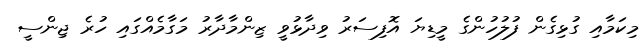
މިކަމާއި ގުޅިގެން ފުލުހުންގެ މީޑިޔަ އޮފިސަރު ވިދާޅުވީ ޒިންމާދާރު މަގާމެއްގައި ހުރެ ޖިންސީ